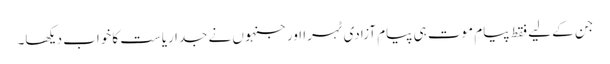
جن کے لیے فقط پیامِ موت ہی پیامِ آزادی ٹہرا اورجنہوں نے جدا ریاست کا خواب دیکھا۔